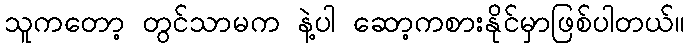
သူကတော့ တွင်သာမက နဲ့ပါ ဆော့ကစားနိုင်မှာဖြစ်ပါတယ်။